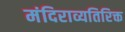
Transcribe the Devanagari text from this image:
मंदिराव्यतिरिक्त